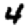
Digit: 4